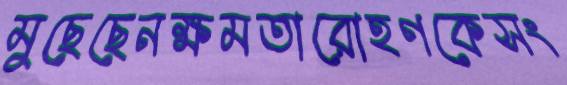
মুছেছেনক্ষমতারোহণকেসং